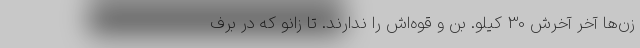
زن‌ها آخرِ آخرش 30 كيلو. بُن و قوه‌اش را ندارند. تا زانو كه در برف